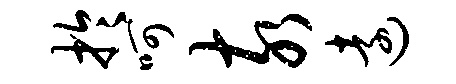
於呵亥远